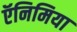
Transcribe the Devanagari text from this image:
ऍनिमिया